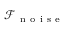
\mathcal { F } _ { \mathrm { ~ n ~ o ~ i ~ s ~ e ~ } }